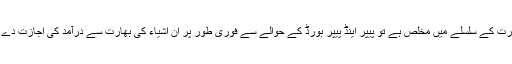
انہوں نے کہا کہ حکومت اگر ریجنل تجارت کے سلسلے میں مخلص ہے تو پیپر اینڈ پیپر بورڈ کے حوالے سے فوری طور پر اُن اشیاء کی بھارت سے درآمد کی اجازت دے جو کہ پاکستان بذات خود پیدانہیں کررہا۔